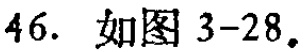
46. 如图 3-28。